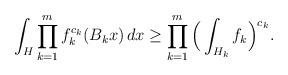
LaTeX: \begin{align*} \int_{H} \prod_{k=1}^m f_k^{c_k}(B_k x) \, dx \ge \prod_{k=1}^m \Big( \int_{H_k} f_k \Big)^{c_k}.\end{align*}